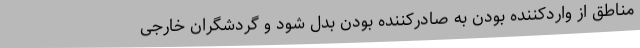
مناطق از واردکننده‌ بودن به صادرکننده‌ بودن بدل شود و گردشگران خارجی